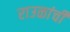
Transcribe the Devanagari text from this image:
राउळांची